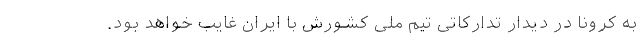
به کرونا در دیدار تدارکاتی تیم ملی کشورش با ایران غایب خواهد بود.